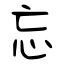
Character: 忘